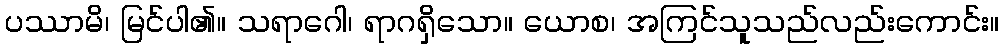
ပဿာမိ၊ မြင်ပါ၏။ သရာဂေါ၊ ရာဂရှိသော။ ယောစ၊ အကြင်သူသည်လည်းကောင်း။